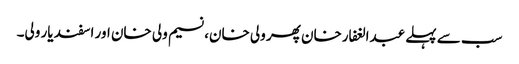
سب سے پہلے عبدالغفارخان پھر ولی خان، نسیم ولی خان اور اسفند یار ولی۔